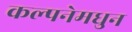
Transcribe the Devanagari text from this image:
कल्पनेमधुन